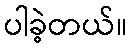
ပါခဲ့တယ်။